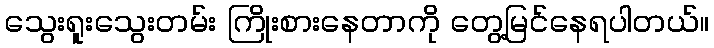
သွေးရူးသွေးတမ်း ကြိုးစားနေတာကို တွေ့မြင်နေရပါတယ်။